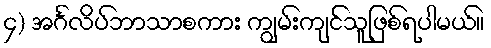
၄) အင်္ဂလိပ်ဘာသာစကား ကျွမ်းကျင်သူဖြစ်ရပါမယ်။